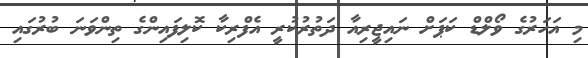
މި އަހަރުގެ ވޯލްޑް ކަޕަށް ނައިޖީރިއާ ދަތުރުކުރީ އެފްރިކާ ކޮލިފައިންގެ ތިންވަނަ ބުރުގައި